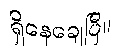
ရှိနေချေပြီ။